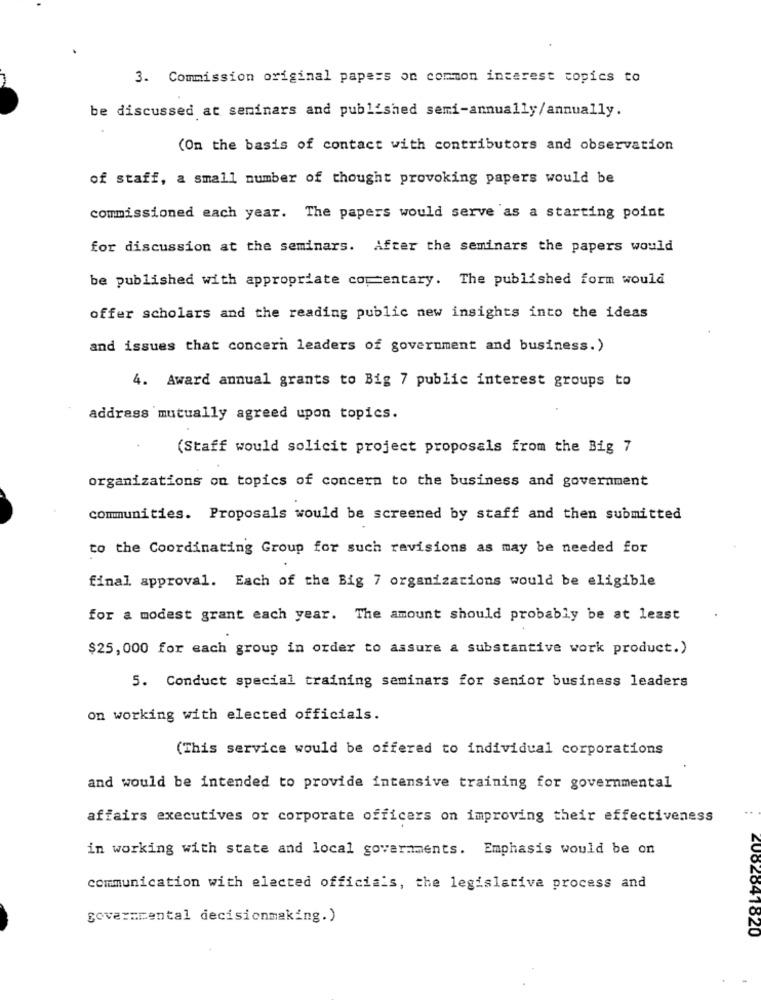
3. Commission original papers on common interest topics to
be discussed at seminars and published semi-annually/annually.
(On the basis of contact with contributors and observation
of staff, a small number of thought provoking papers would be
commissioned each year. The papers would serve as a starting point
for discussion at the seminars. After the seminars the papers would
be published with appropriate comentary. The published form would
offer scholars and the reading public new insights into the ideas
and issues that concern leaders of government and business.)
4. Award annual grants to Big 7 public interest groups to
address mutually agreed upon topics.
(Staff would solicit project proposals from the Big 7
organizations on topics of concern to the business and government
communities. Proposals would be screened by staff and then submitted
to the Coordinating Group for such revisions as may be needed for
final approval. Each of the Big 7 organizations would be eligible
for a modest grant each year. The amount should probably be at least
$25, 000 for each group in order to assure a substantive work product.)
5. Conduct special training seminars for senior business leaders
on working with elected officials.
(This service would be offered to individual corporations
and would be intended to provide intensive training for governmental
affairs executives or corporate officers on improving their effectiveness
in working with state and local governments. Emphasis would be on
communication with elected officials, the legislativa process and
governmental decisionmaking.)
2002041820